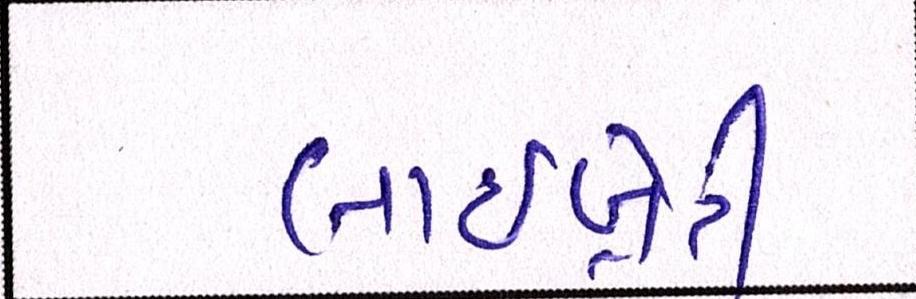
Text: લાઇબ્રેરી